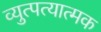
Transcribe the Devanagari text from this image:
व्युत्पत्यात्मक